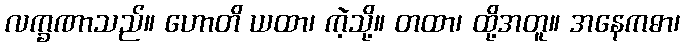
လက္ခဏာသည်။ ဟောတိ ယထာ၊ ကဲ့သို့။ တထာ၊ ထို့အတူ။ အနေကဓာ၊